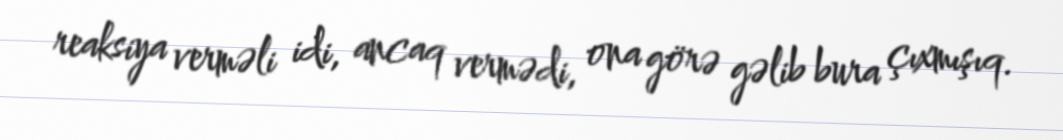
reaksiya verməli idi, ancaq vermədi, ona görə gəlib bura çıxmışıq.